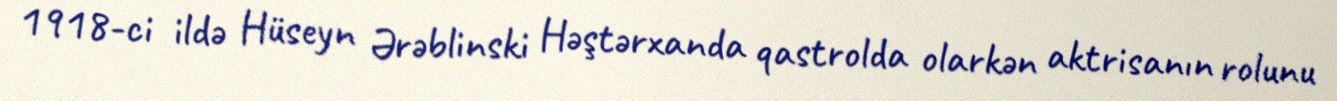
1918-ci ildə Hüseyn Ərəblinski Həştərxanda qastrolda olarkən aktrisanın rolunu